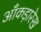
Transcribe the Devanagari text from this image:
आँकड़ारेख